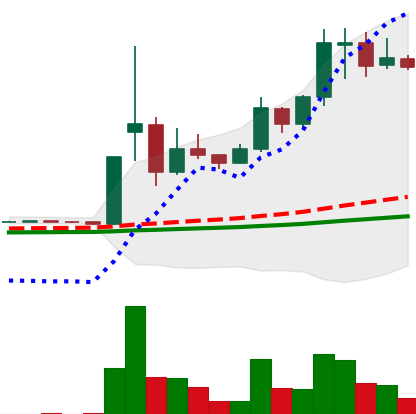
Ticker: DOGE-USD
Chart end date: 2021-02-11
Forward return: -23.187%
Label: down_7plus